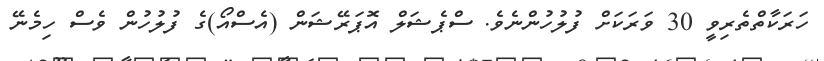
ހަރަކާތްތެރިވީ 30 ވަރަކަށް ފުލުހުންނެވެ. ސްޕެޝަލް އޮޕަރޭޝަން (އެސްއޯ)ގެ ފުލުހުން ވެސް ހިމެނޭ